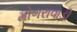
મોગરાવાડી